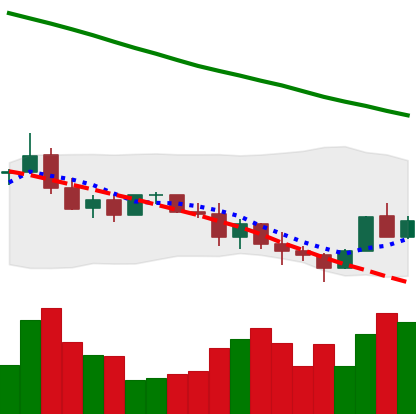
Ticker: ADA-USD
Chart end date: 2022-01-14
Forward return: 3.938%
Label: up_3_5